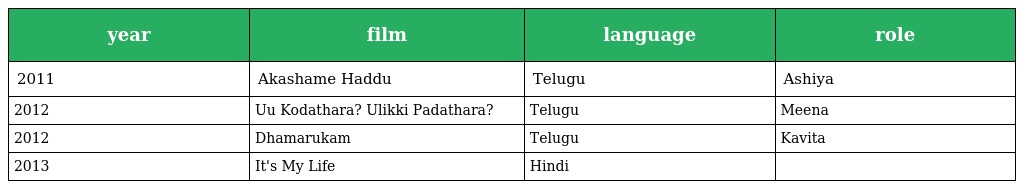
| year | film | language | role |
 | --- | --- | --- | --- |
 | 2011 | Akashame Haddu | Telugu | Ashiya |
 | 2012 | Uu Kodathara? Ulikki Padathara? | Telugu | Meena |
 | 2012 | Dhamarukam | Telugu | Kavita |
 | 2013 | It's My Life | Hindi |  |